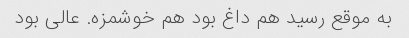
به موقع رسید هم داغ بود هم خوشمزه. عالی بود